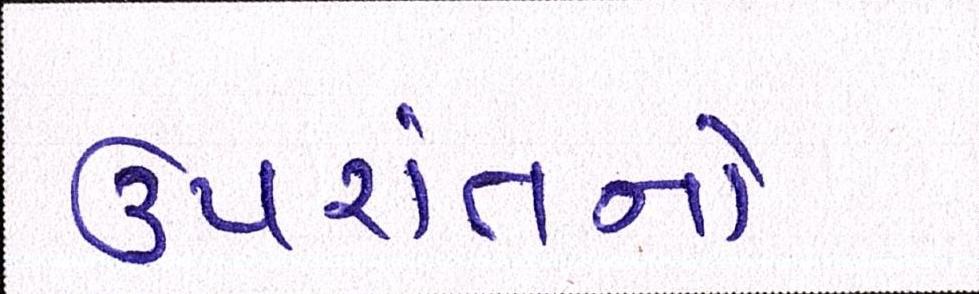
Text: ઉપરાંતનો